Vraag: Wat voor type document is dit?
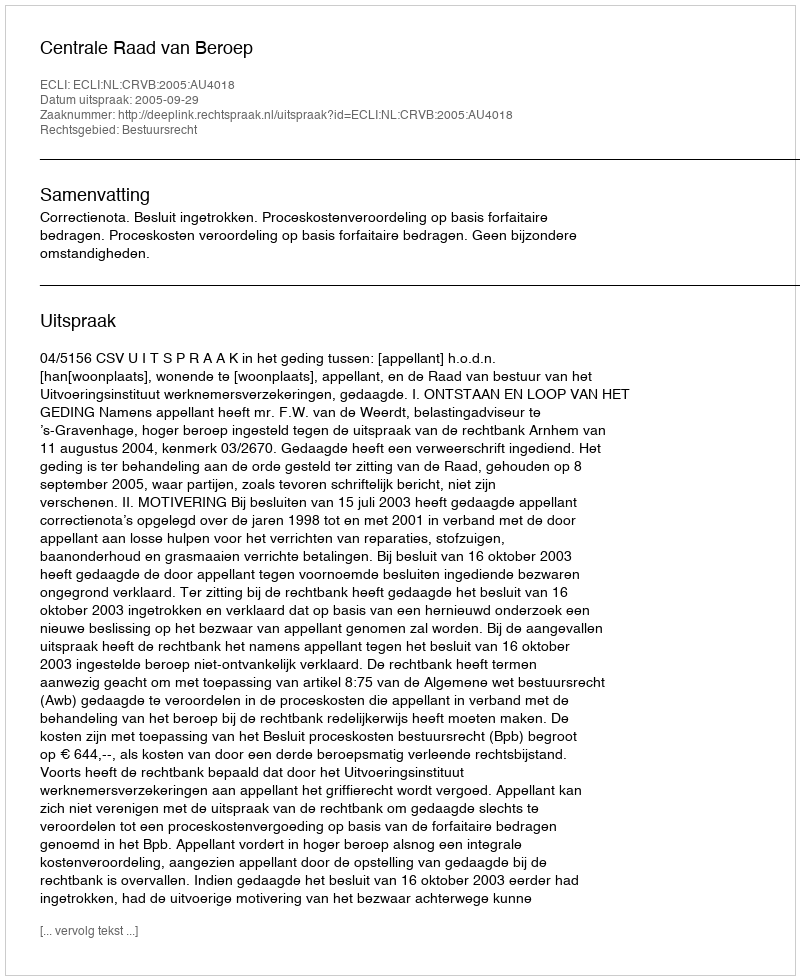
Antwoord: Uitspraak